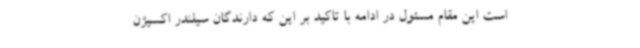
است این مقام مسئول در ادامه با تاکید بر این که دارندگان سیلندر اکسیژن